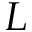
{ \cal L }